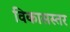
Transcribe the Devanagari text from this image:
विकासस्तर